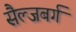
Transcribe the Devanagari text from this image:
सैल्जबर्ग